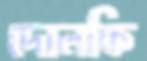
দোলকি